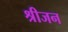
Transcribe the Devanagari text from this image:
श्रीजन